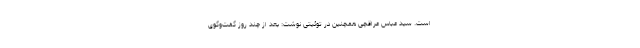
است. سید عباس عراقچی همچنین در توئیتی نوشت: بعد از چند روز گفت‌وگوی